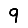
Digit: 9